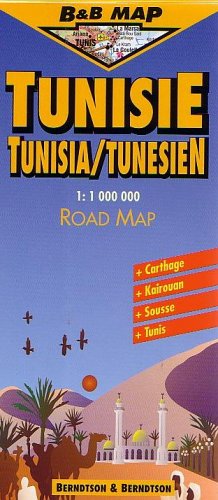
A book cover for Berndtson & Berndtson Tunisia Map (B&B Road Maps); Travel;